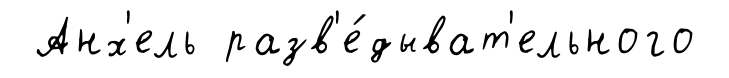
Анх'ель разв'е́дыват'ельного